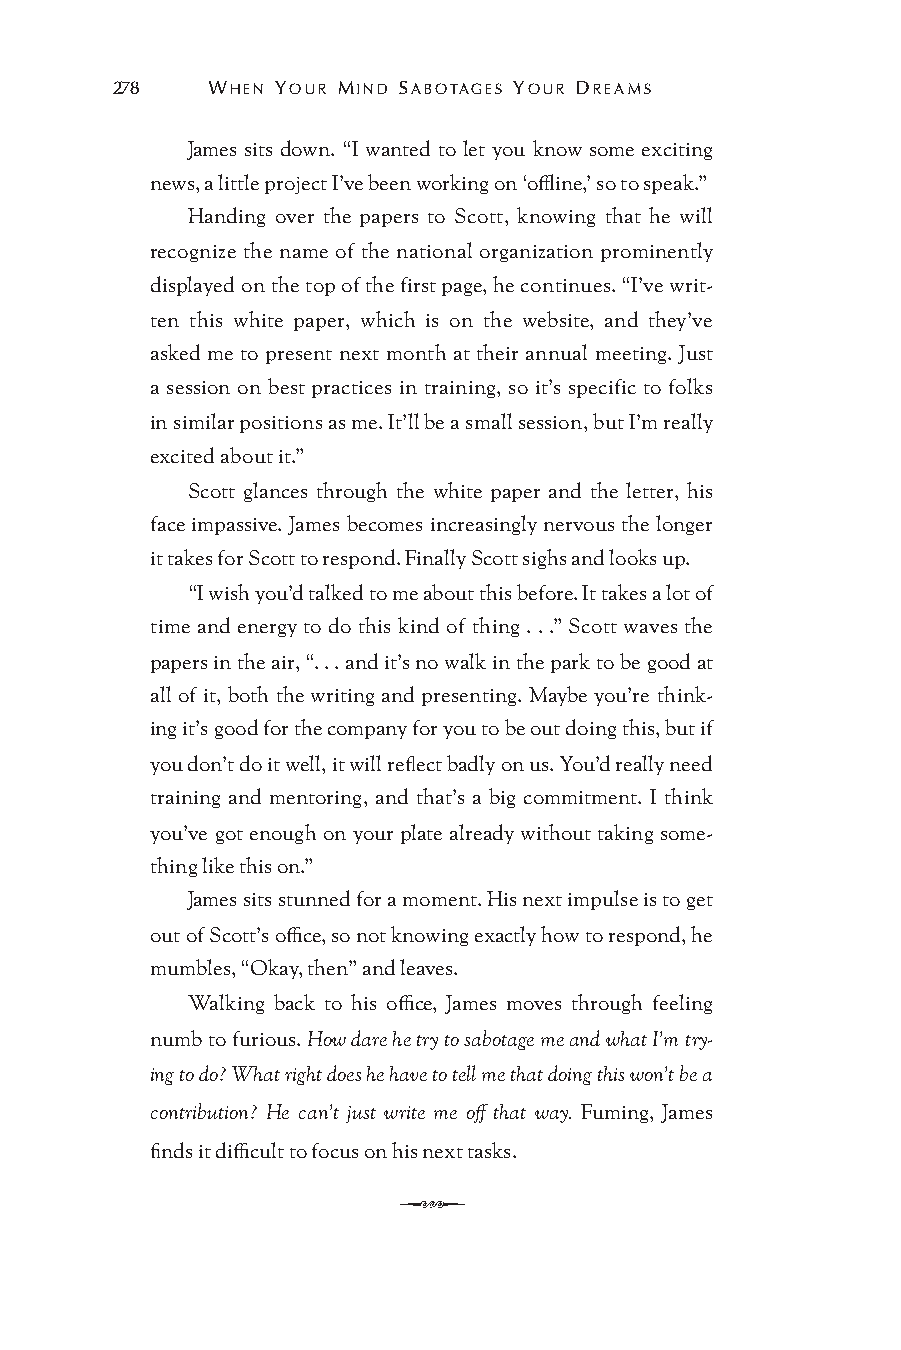
278    WHEN YOUR MIND SABOTAGES YOUR DREAMS
 James sits down. “I wanted to let you know some exciting
 news, a little project I’ve been working on ‘offline,’ so to speak.”
 Handing over the papers to Scott, knowing that he will
 recognize the name of the national organization prominently
 displayed on the top of the first page, he continues. “I’ve writ-
 ten this white paper, which is on the website, and they’ve
 asked me to present next month at their annual meeting. Just
 a session on best practices in training, so it’s specific to folks
 in similar positions as me. It’ll be a small session, but I’m really
 excited about it.”
 Scott glances through the white paper and the letter, his
 face impassive. James becomes increasingly nervous the longer
 it takes for Scott to respond. Finally Scott sighs and looks up.
 “I wish you’d talked to me about this before. It takes a lot of
 time and energy to do this kind of thing . . .” Scott waves the
 papers in the air, “. . . and it’s no walk in the park to be good at
 all of it, both the writing and presenting. Maybe you’re think-
 ing it’s good for the company for you to be out doing this, but if
 you don’t do it well, it will reflect badly on us. You’d really need
 training and mentoring, and that’s a big commitment. I think
 you’ve got enough on your plate already without taking some-
 thing like this on.”
 James sits stunned for a moment. His next impulse is to get
 out of Scott’s office, so not knowing exactly how to respond, he
 mumbles, “Okay, then” and leaves.
 Walking back to his office, James moves through feeling
 numb to furious. How dare he try to sabotage me and what I’m try-
 ing to do? What right does he have to tell me that doing this won’t be a
 contribution? He can’t just write me off that way. Fuming, James
 finds it difficult to focus on his next tasks.
 Q